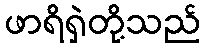
ဖာရိရှဲတို့သည်